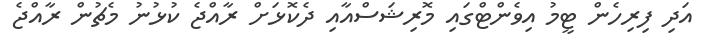
އަދި ފިރިހެން ޓީމު އިވެންޓްގައި މޮރިޝަސްއާއި ދެކޮޅަށް ރާއްޖެ ކުޅުނު މެޗުން ރާއްޖެ